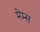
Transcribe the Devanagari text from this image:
मेम्स